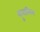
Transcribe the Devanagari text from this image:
शुनामिस